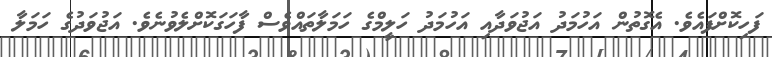
ފަހިކޮށްފައެވެ. އެގޮތުން އަހުމަދު އަޖުވަދާއި އަހުމަދު ހަލީމްގެ ހަމަލާތައްވެސް ފާހަގަކޮށްލެވުނެވެ. އަޖުވަދުގެ ހަމަލާ